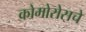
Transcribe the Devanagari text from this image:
कोमोरोसचे